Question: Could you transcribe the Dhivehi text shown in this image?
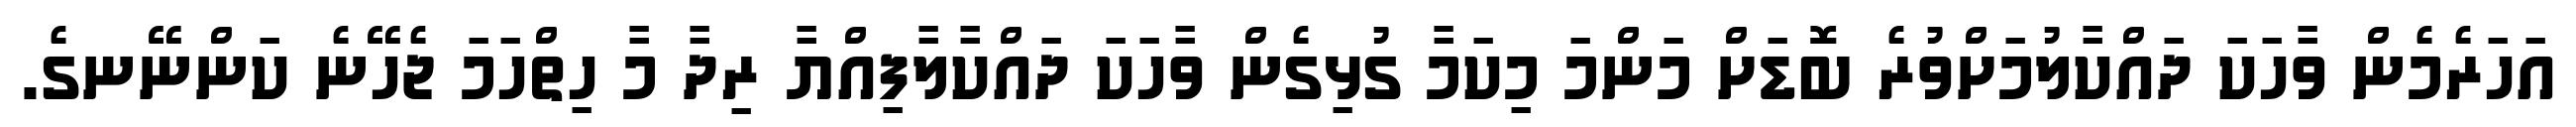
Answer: އަހަރެމެން ވާހަކަ ދައްކާލުމަށްވުރެ ބޮޑަށް މަންމަ މިކަމާ ގުޅިގެން ވާހަކަ ދައްކާލާފިއްޔާ ރިދާ މާ ހިތްހަމަ ޖެހޭނެ ކަންނޭނގެ.